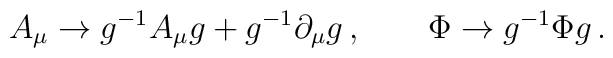
A_{\mu} \to g^{-1} A_{\mu} g + g^{-1} \partial_{\mu} g\,,\qquad \Phi \to g^{-1} \Phi g\,.